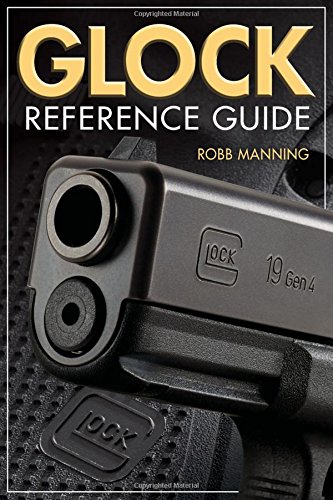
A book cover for Glock Reference Guide; Robb Manning; Reference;